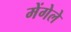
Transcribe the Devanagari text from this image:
मेंगेले